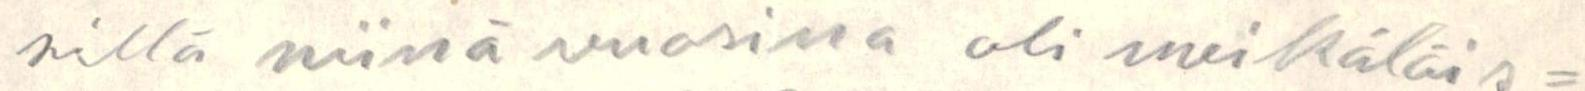
sillä niinä vuosina oli meikäläis=